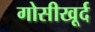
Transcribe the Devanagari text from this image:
गोसीखूर्द